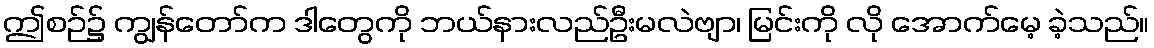
ဤစဉ်၌ ကျွန်တော်က ဒါတွေကို ဘယ်နားလည်ဦးမလဲဗျာ၊ မြင်းကို လို အောက်မေ့ ခဲ့သည်။